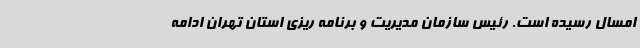
امسال رسیده است. رئیس سازمان مدیریت و برنامه ریزی استان تهران ادامه